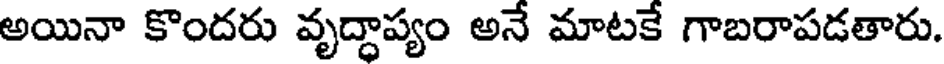
అయినా కొందరు వృద్ధాప్యం అనే మాటకే గాబరాపడతారు.